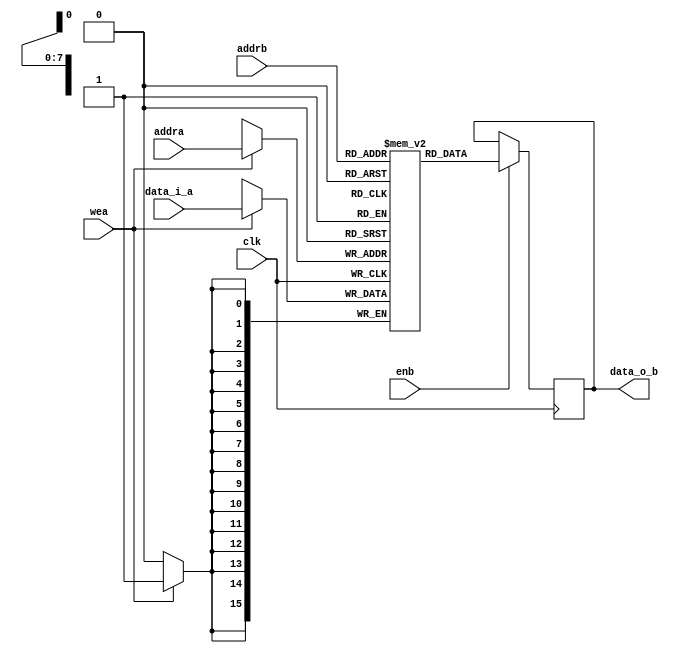
// implementation of two-port-ram(Fake)

module TPRAM (
    input clk,

    input wea,                  //enable write signal of channel a
    input enb,                  //enable signal of channel b

    input [7:0] addra,          //address of channel a
    input [7:0] addrb,          //address of channle b

    input [15:0] data_i_a,      //data input of channel a
    output reg [15:0] data_o_b //data output of channel b
);
reg [15:0] RAM [255:0];         //DATAWIDTH = 16, DEPTH = 256 = 2^8

always @(posedge clk) begin     //write channel
    if(wea) begin
        RAM[addra] <= data_i_a;
    end
end

always @(posedge clk) begin    //read channel
    if(enb) begin
        data_o_b <= RAM[addrb];
    end
end
endmodule